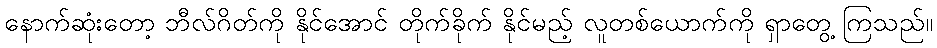
နောက်ဆုံးတော့ ဘီလ်ဂိတ်ကို နိုင်အောင် တိုက်ခိုက် နိုင်မည့် လူတစ်ယောက်ကို ရှာတွေ့ ကြသည်။